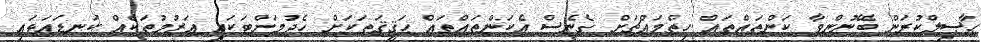
ޙާޞިލްކުރަން ބޭނުންވާ ކަންތައްތައް ހިތްމައްޗަށް ގެނެސް އެކަންތައްތައް ޙަޤީޤަތަކަށް ހެދުމަށްޓަކައި ޢަޒުމުތަކެއް ކަނޑައަޅައި